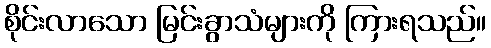
စိုင်းလာသော မြင်းခွာသံများကို ကြားရသည်။